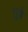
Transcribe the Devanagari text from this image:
तुहे